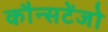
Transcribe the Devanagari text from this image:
कौन्सटेंजो